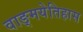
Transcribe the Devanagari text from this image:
वाङ्मयेतिहास